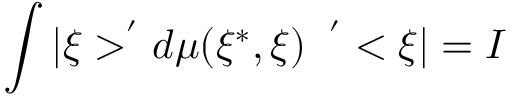
\int | \xi > ^ { ^ { \prime } } d \mu ( \xi ^ { * } , \xi ) \; \; ^ { ^ { \prime } } < \xi | = I